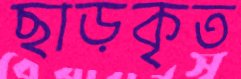
ছাড়কৃত